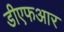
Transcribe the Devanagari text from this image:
डीएफआर